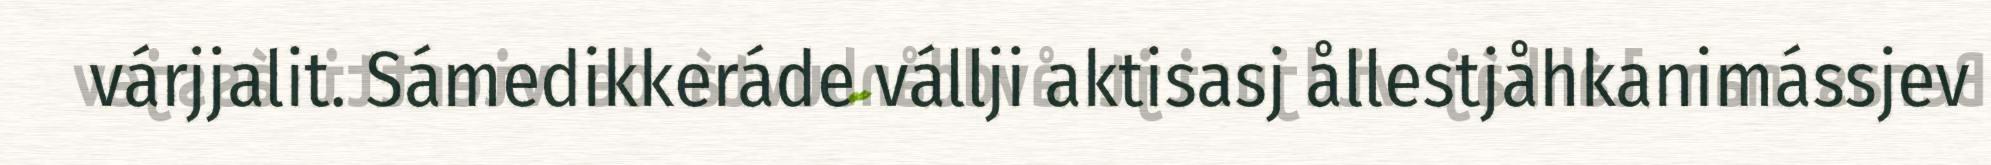
várjjalit. Sámedikkeráde vállji aktisasj ållestjåhkanimássjev